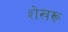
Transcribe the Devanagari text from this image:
शेखरू